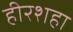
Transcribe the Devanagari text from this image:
हीरशहा